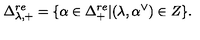
\Delta _ { \lambda , + } ^ { r e } = \{ \alpha \in \Delta _ { + } ^ { r e } | ( \lambda , \alpha ^ { \vee } ) \in Z \} .